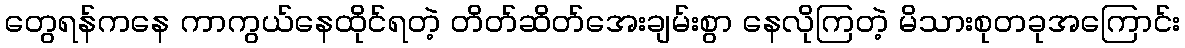
တွေရန်ကနေ ကာကွယ်နေထိုင်ရတဲ့ တိတ်ဆိတ်အေးချမ်းစွာ နေလိုကြတဲ့ မိသားစုတခုအကြောင်း